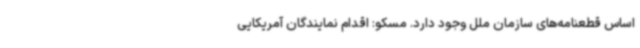
اساس قطعنامه‌های سازمان ملل وجود دارد. مسکو: اقدام نمایندگان آمریکایی